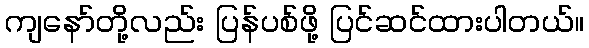
ကျနော်တို့လည်း ပြန်ပစ်ဖို့ ပြင်ဆင်ထားပါတယ်။